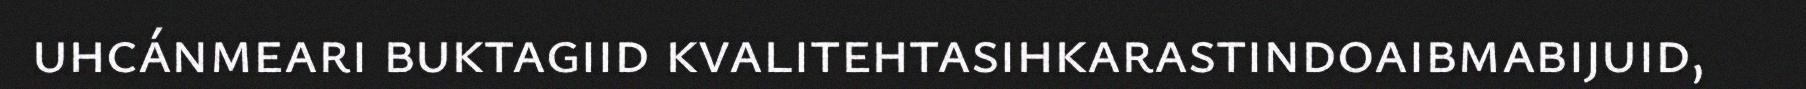
uhcánmeari buktagiid kvalitehtasihkarastindoaibmabijuid,